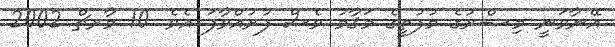
އޭނާވަނީ މިޞްރުގެ މުފުތީގެ މަޤާމު ވެސް ފުރުއްވާފަ އެވެ. 10 މާރޗް 2002